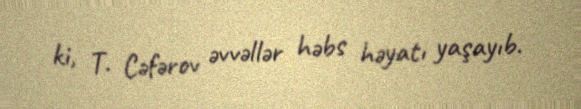
ki, T. Cəfərov əvvəllər həbs həyatı yaşayıb.